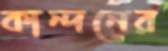
কান্দনের